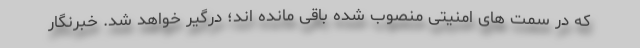
که در سمت های امنیتی منصوب شده باقی مانده اند؛ درگیر خواهد شد. خبرنگار